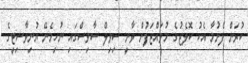
ކުރަން ފެށުމާ އެކު ކޮލެޖުގެ މުވައްޒަފުން ވާނީ ސިވިލް ސާވިސްގައި ނުހިމެނޭ ޔުނިވާސިޓީގެ